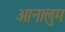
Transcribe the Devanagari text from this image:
आनालुम